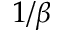
1 / \beta